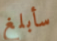
سأبلغ